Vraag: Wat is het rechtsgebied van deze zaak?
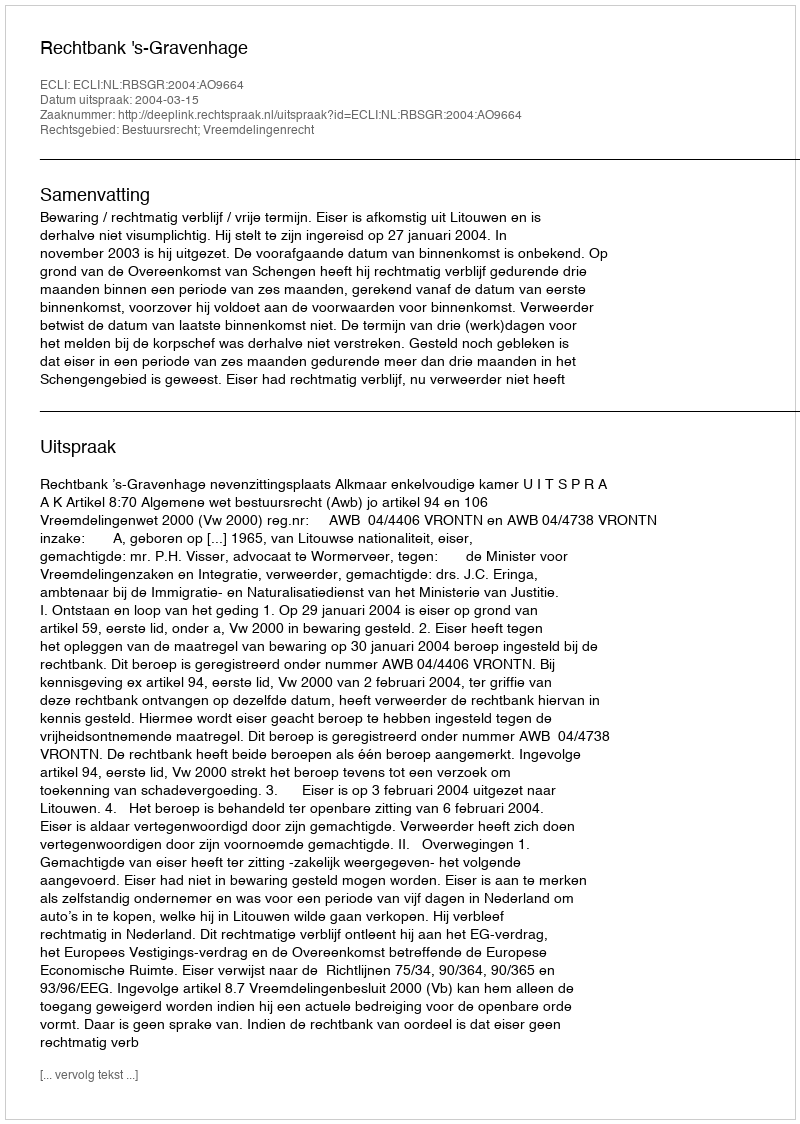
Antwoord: Bestuursrecht; Vreemdelingenrecht